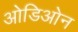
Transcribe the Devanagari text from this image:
ओडिओन